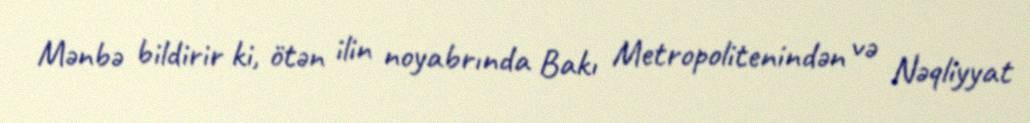
Mənbə bildirir ki, ötən ilin noyabrında Bakı Metropolitenindən və Nəqliyyat